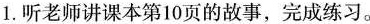
1.听老师讲课本第10页的故事，完成练习。